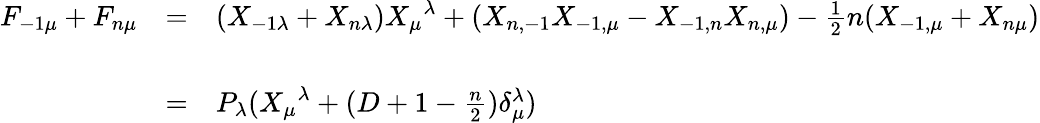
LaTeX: \begin{array}{lcl}{{F_{-1\mu}+F_{n\mu}}}&{{=}}&{{(X_{-1\lambda}+X_{n\lambda}){X_{\mu}}^{\lambda}+(X_{n,-1}X_{-1,\mu}-X_{-1,n}X_{n,\mu})-\frac{1}{2}n(X_{-1,\mu}+X_{n\mu})}}\\ {{}}&{{}}&{{}}\\ {{}}&{{=}}&{{P_{\lambda}({X_{\mu}}^{\lambda}+(D+1-\frac{n}{2})\delta_{\mu}^{\lambda})}}\end{array}